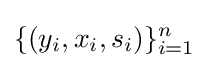
\{(y_{i},x_{i},s_{i})\}_{i=1}^{n}